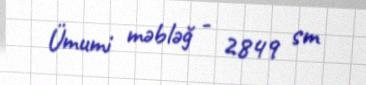
Ümumi məbləğ - 2849 sm